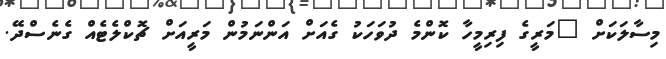
މިސާލަކަށް "މަރީގެ ފިރިމީހާ ކޮންމެ ދުވަހަކު ގެއަށް އަންނަމުން މަރީއަށް ޗޮކްލެޓެއް ގެނެސްދޭ.